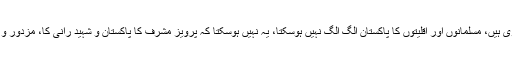
ان کا کہنا تھا کہ پاکستان میں تمام شہریوں کے حقوق مساوی ہیں، مسلمانوں اور اقلیتوں کا پاکستان الگ الگ نہیں ہوسکتا، یہ نہیں ہوسکتا کہ پرویز مشرف کا پاکستان و شہید رانی کا، مزدور و سرمایہ کار کا اور مرد و عورت کا پاکستان الگ الگ ہوں۔